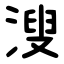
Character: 溲